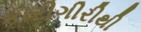
કારીગીરીથી